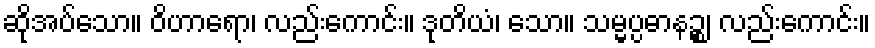
ဆိုအပ်သော။ ဝိဟာရော၊ လည်းကောင်း။ ဒုတိယံ၊ သော။ သမ္မပ္ပဓာနဉ္စ၊ လည်းကောင်း။